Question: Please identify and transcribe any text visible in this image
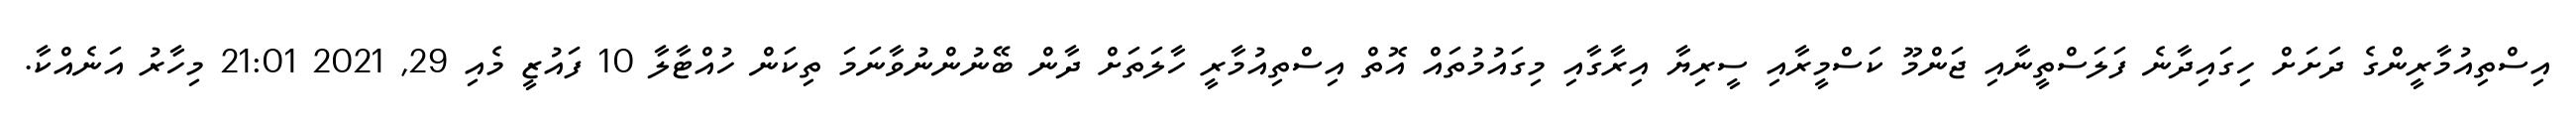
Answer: އިސްތިއުމާރީންގެ ދަށަށް ހިގައިދާނެ ފަލަސްތީނާއި ޖަންމޫ ކަސްމީރާއި ސީރިޔާ އިރާގާއި މިގައުމުތައް އޮތް އިސްތިއުމާރީ ހާލަތަށް ދާން ބޭނުންނުވާނަމަ ތިކަން ހުއްޓާލާ 10 ފައުޒީ މެއި 29, 2021 21:01 މިހާރު އަނެއްކާ.